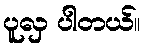
ပူလှ ပါတယ်။